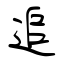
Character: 追